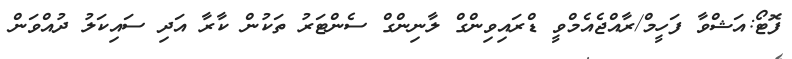
ފޮޓޯ:އަޝްވާ ފަހީމް/ރާއްޖެއެމްވީ ޑްރައިވިންގް ލާނިންގް ސެންޓަރު ތަކުން ކާރާ އަދި ސައިކަލު ދުއްވަން